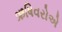
ઋષિવરોએ